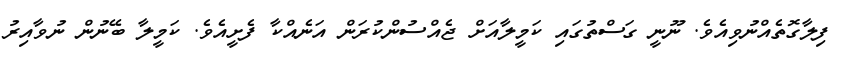
ފިލާގޮތެއްނުވިއެވެ. ނޫނީ ގަސްތުގައި ކަމީލާއަށް ޖެއްސުންކުރަން އަނެއްކާ ފެށީއެވެ. ކަމީލާ ބޭނުން ނުވާއިރު